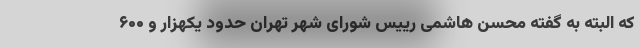
که البته به گفته محسن هاشمی رییس شورای شهر تهران حدود یکهزار و ۶۰۰